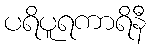
ပရိပူရကာရိနီ